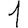
Digit: 1